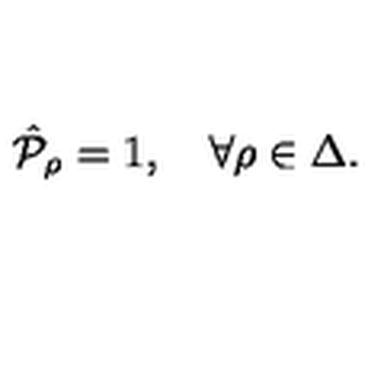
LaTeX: \hat { \cal P } _ { \rho } = 1 , \quad \forall \rho \in \Delta .